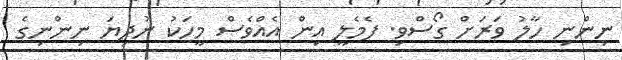
ނިންނި ހާލު ވަރަށް ގޯސްވި. ފެމެލީ އިން އެއްވެސް މީހަކު ނުދިޔަ ނިންނިގެ